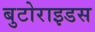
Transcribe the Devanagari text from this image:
बुटोराइडस